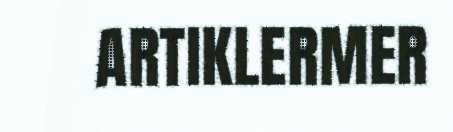
ARTIKLERMER